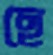
ছে